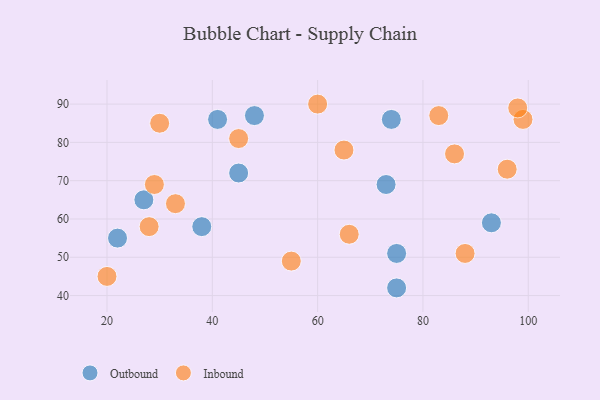
{"axis": {"x": "GDP", "y": "Life Expectancy"}, "legend": ["Inbound", "Outbound"], "data": [{"x": "27", "y": 65, "type": "Outbound"}, {"x": "75", "y": 42, "type": "Outbound"}, {"x": "73", "y": 69, "type": "Outbound"}, {"x": "93", "y": 59, "type": "Outbound"}, {"x": "38", "y": 58, "type": "Outbound"}, {"x": "48", "y": 87, "type": "Outbound"}, {"x": "41", "y": 86, "type": "Outbound"}, {"x": "75", "y": 51, "type": "Outbound"}, {"x": "22", "y": 55, "type": "Outbound"}, {"x": "45", "y": 72, "type": "Outbound"}, {"x": "74", "y": 86, "type": "Outbound"}, {"x": "83", "y": 87, "type": "Inbound"}, {"x": "99", "y": 86, "type": "Inbound"}, {"x": "29", "y": 69, "type": "Inbound"}, {"x": "66", "y": 56, "type": "Inbound"}, {"x": "28", "y": 58, "type": "Inbound"}, {"x": "60", "y": 90, "type": "Inbound"}, {"x": "33", "y": 64, "type": "Inbound"}, {"x": "86", "y": 77, "type": "Inbound"}, {"x": "96", "y": 73, "type": "Inbound"}, {"x": "30", "y": 85, "type": "Inbound"}, {"x": "55", "y": 49, "type": "Inbound"}, {"x": "65", "y": 78, "type": "Inbound"}, {"x": "45", "y": 81, "type": "Inbound"}, {"x": "20", "y": 45, "type": "Inbound"}, {"x": "98", "y": 89, "type": "Inbound"}, {"x": "88", "y": 51, "type": "Inbound"}]}